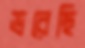
ভরেছি